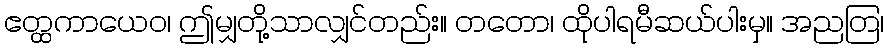
ဧတ္ထကာယေဝ၊ ဤမျှတို့သာလျှင်တည်း။ တတော၊ ထိုပါရမီဆယ်ပါးမှ။ အညတြ၊